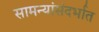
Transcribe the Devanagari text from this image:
सामन्यांसंदर्भात